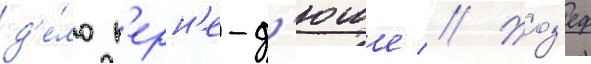
д'е́ло п'ерн'е-д'юше // Жоз'еф